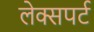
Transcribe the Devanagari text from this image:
लेक्सपर्ट